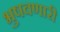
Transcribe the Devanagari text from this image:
भुषवणारी